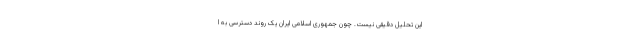
این تحلیل دقیقی نیست. چون جمهوری اسلامی ایران یک روند دسترسی به ا